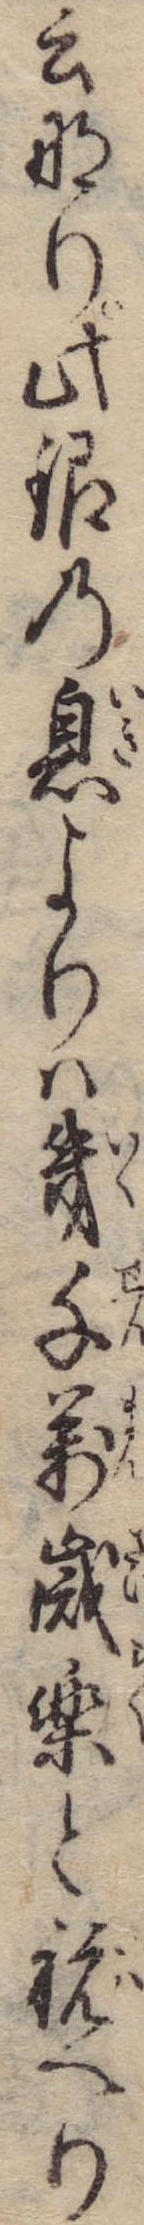
云なり此銀の息よりは幾千万歳楽と祝へり